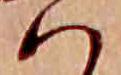
ハ